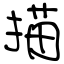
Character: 描